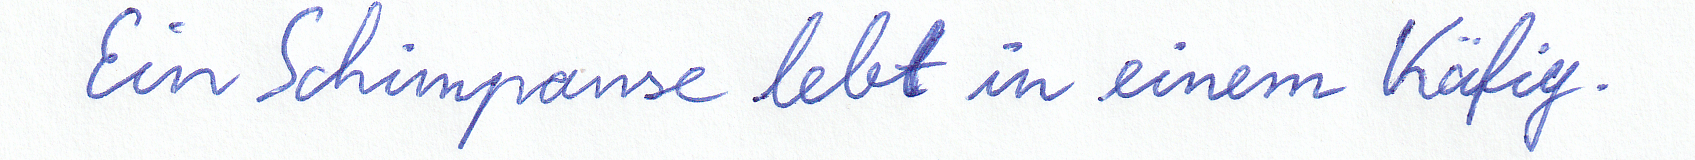
Ein Schimpanse lebt in einem Käfig.